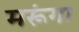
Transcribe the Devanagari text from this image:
मरूंगा